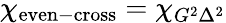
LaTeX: \chi_{\mathrm{even-cross}}=\chi_{G^{2}\Delta^{2}}